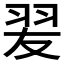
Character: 𦐓